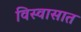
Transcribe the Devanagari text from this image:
विस्वासात